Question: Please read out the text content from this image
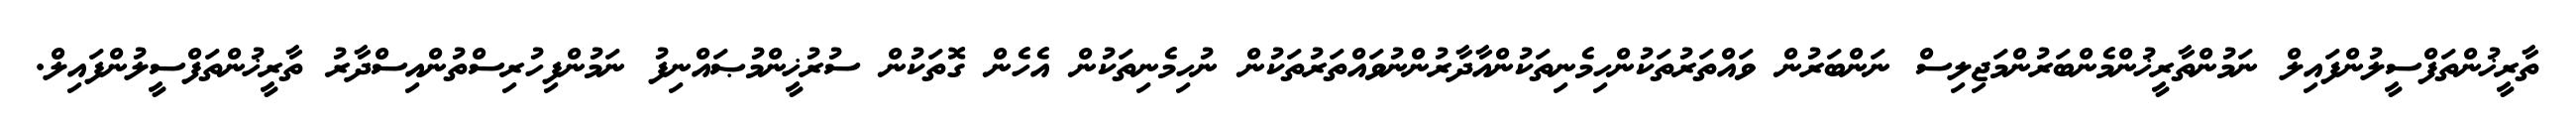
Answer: ތާރީޚުންތަފްސީލުންފައިލް ނަމުންތާރީޚުންމެންބަރުންމަޖިލިސް ނަންބަރުން ވައްތަރުތަކުންހިމެނިތަކުންއާދާރުންނުވައްތަރުތަކުން ނުހިމެނިތަކުން އެހެން ގޮތަކުން ސުރުޚީންމުޞައްނިފު ނަމުންފިހުރިސްތުންއިސްދާރު ތާރީޚުންތަފްސީލުންފައިލް.